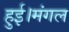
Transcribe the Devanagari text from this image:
हुई।मंगल